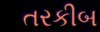
તરકીબ